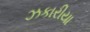
ઝકારીયા